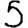
Digit: 5